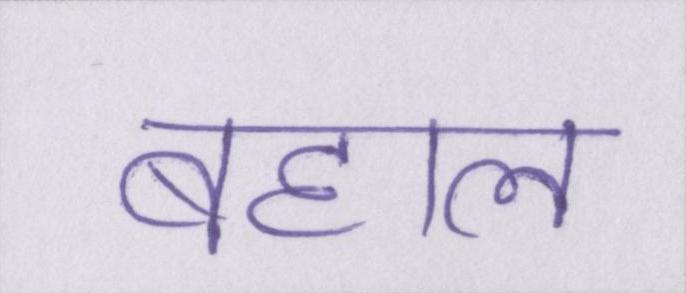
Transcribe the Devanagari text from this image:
बहाल